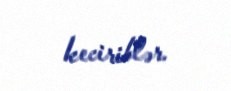
keciriblər.